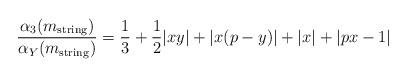
LaTeX: \begin{align*}\frac{\alpha_3(m_{\rm string})}{\alpha_Y(m_{\rm string})}=\frac{1}{3}+\frac{1}{2}|xy|+|x(p-y)|+ |x| + |px-1|\end{align*}